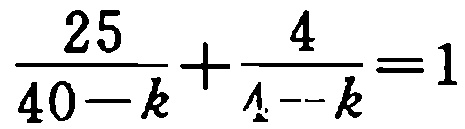
\(\frac{25}{40 - k}+\frac{4}{4 - k}=1\)